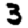
Digit: 3